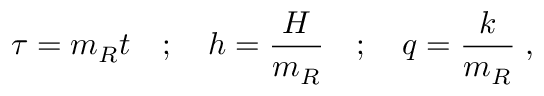
\tau = m _ { R } t \quad ; \quad h = \frac { H } { m _ { R } } \quad ; \quad q = \frac { k } { m _ { R } } \; ,